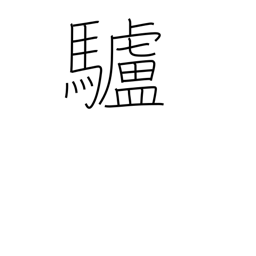
Meaning: donkey